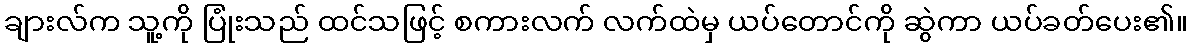
ချားလ်က သူ့ကို ပြုံးသည် ထင်သဖြင့် စကားလက် လက်ထဲမှ ယပ်တောင်ကို ဆွဲကာ ယပ်ခတ်ပေး၏။